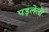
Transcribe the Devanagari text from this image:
पड़लेली